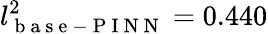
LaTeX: l_{\mathrm{~b~a~s~e~-~P~I~N~N~}}^{2}=0.440